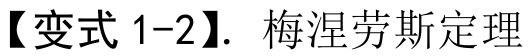
【变式 1-2】. 梅涅劳斯定理